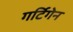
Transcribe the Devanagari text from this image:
गर्टिगेन